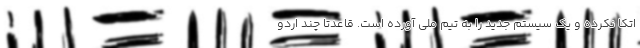
اتکا نکرده و یک سیستم جدید را به تیم ملی آورده است. قاعدتا چند اردو